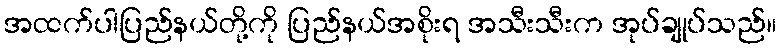
အထက်ပါပြည်နယ်တို့ကို ပြည်နယ်အစိုးရ အသီးသီးက အုပ်ချုပ်သည်။